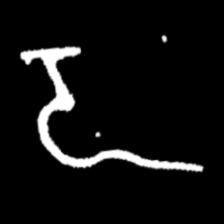
Pyu character \u2014 Myanmar letter: ဍ (romanized: dda)